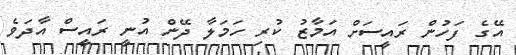
އޭގެ ފަހުން ރައީސަށް އަމާޒު ކުރި ހަމަލާ ދޭން އުުނީ ރައީސް އާދަވެ